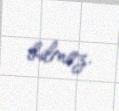
bilməz.